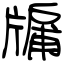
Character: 牖